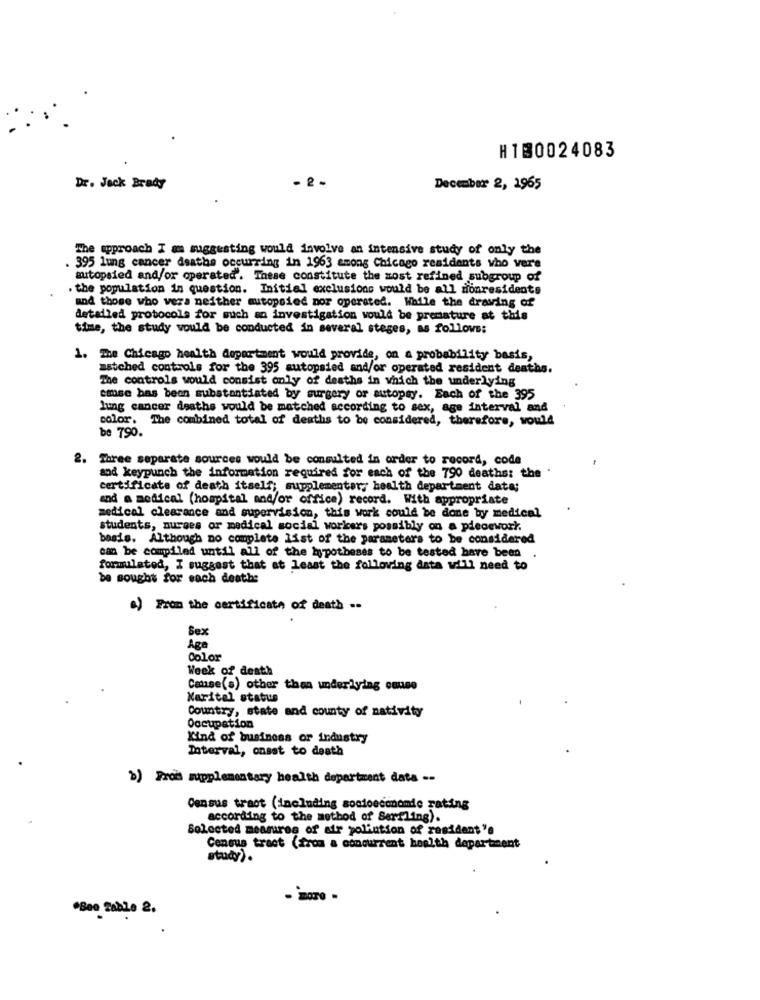
H130024083
-2-
Dr. Jack Brady
December 2, 1965
The approach I ams suggesting would involve an intensive study of only the
. 395 lung cancer deaths occurring in 1963 among Chicago residents who vere
autopsied and/or operated'. These constitute the most refined subgroup of
. the population in question. Initial exclusions would be all zionresidents
and those who vera neither autopsied nor operated. While the drawing of
detailed protocols for such an investigation would be premature at this
time, the study would be conducted in several steges, as follows:
1. The Chicago health department would provide, on a probability basis,
matched controls for the 395 autopsied and/or operated resident deaths.
The controls would consist only of deaths in which the underlying
cose has been substantiated by surgery or autopsy. Each of the 395
lung cancer deaths would be matched according to sex, age interval and
color. The combined total of deaths to be considered, therefore, would
be 790.
2.
Three separate sources would be consulted in order to record, code
sod keypunch the information required for each of the 790 deaths: the
certificate of death itself; supplementary health department data;
and a medical (hospital and/or office) record. With appropriate
medical clearance and supervision, this work could be done by medical
students, nurses or medical social workers possibly on a piecework.
basis. Although no complete list of the parameters to be considered
can be compiled until all of the hypotheses to be tested have been
formulated, I suggest that at least the following data will need to
be sought for each death:
a) From the certificate of death ..
Sex
Aga
Color
Week of death
Cause(s) other than underlying cause
Marital status
Country, state and county of nativity
Occupation
Kind of business or industry
Interval, onsat to death
b) Frais supplementary health department data --
Census tract (including socioeconomic rating
according to the method of Serfling).
Solocted measures of air pollution of resident "e
Census tract (from a concurrent health department
study).
*Bee Table 2.